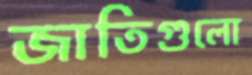
জাতিগুলো